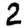
Digit: 2